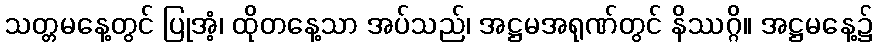
သတ္တမနေ့တွင် ပြုအံ့၊ ထိုတနေ့သာ အပ်သည်၊ အဋ္ဌမအရုဏ်တွင် နိဿဂ္ဂိ။ အဋ္ဌမနေ့၌